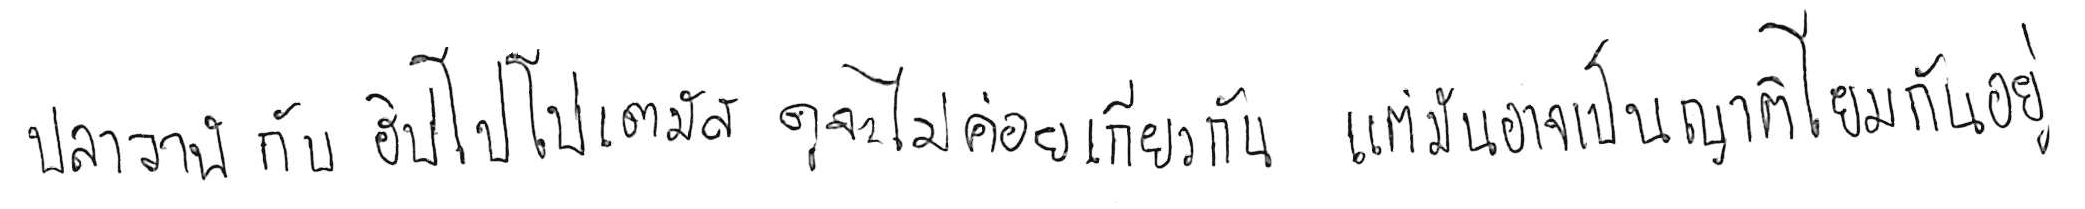
ปลาวาฬ กับ ฮิปโปโปเตมัส ดูจะไม่ค่อยเกี่ยวกัน แต่มันอาจเป็นญาติโยมกันอยู่